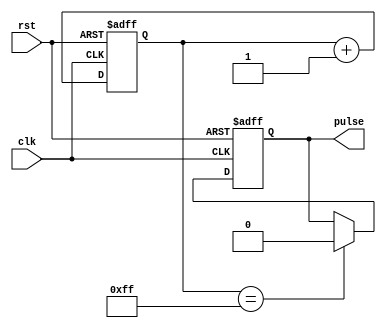
module PulseGenerator(
    input wire clk,
    input wire rst,
    output reg pulse
);

reg [7:0] count;
reg [7:0] width = 8'hFF; // Width of pulse
reg [11:0] period = 12'hFFF; // Period of pulse

always @(posedge clk or posedge rst) begin
    if(rst) begin
        count <= 0;
        pulse <= 0;
    end else begin
        if(count == period) begin
            count <= 0;
            pulse <= 1;
        end else if(count == width) begin
            count <= count + 1;
            pulse <= 0;
        end else begin
            count <= count + 1;
        end
    end
end

endmodule